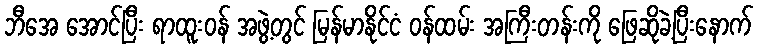
ဘီအေ အောင်ပြီး ရာထူးဝန် အဖွဲ့တွင် မြန်မာနိုင်ငံ ဝန်ထမ်း အကြီးတန်းကို ဖြေဆိုခဲ့ပြီးနောက်